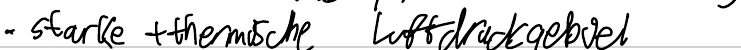
- starke + thermische Luftdruckgebiet